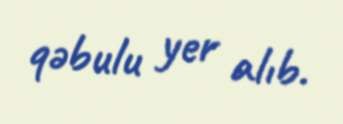
qəbulu yer alıb.